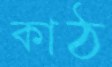
কাঠ